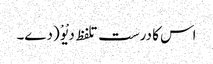
اس کا درست تلفظ دیْوْ (دے۔